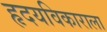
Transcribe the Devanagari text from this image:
हृदयविकाराला